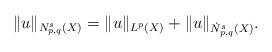
LaTeX: \begin{align*}\|u\|_{N_{p,q}^s(X)}=\|u\|_{L^p(X)}+\|u\|_{\dot N_{p,q}^s(X)}.\end{align*}